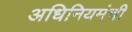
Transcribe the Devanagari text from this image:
अधिनियमंची